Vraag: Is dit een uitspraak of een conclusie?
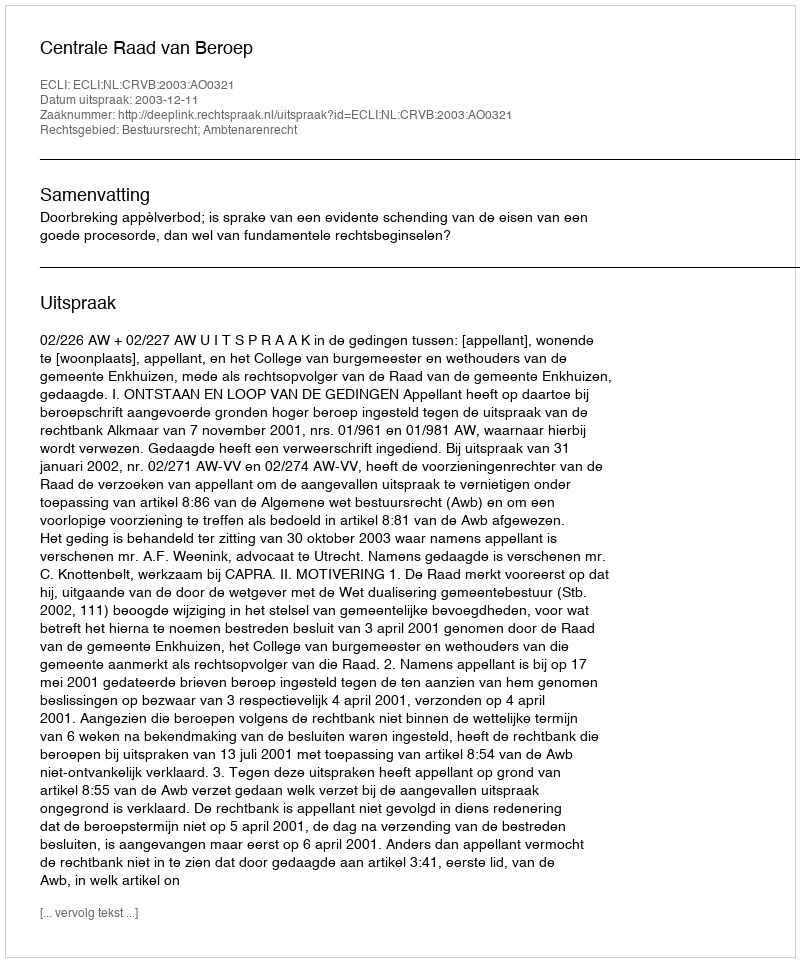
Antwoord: Uitspraak